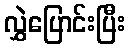
လွှဲပြောင်းပြီး